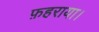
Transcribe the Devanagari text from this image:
फ़हराया।